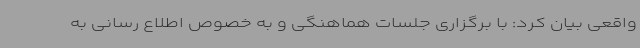
واقعی بیان کرد: با برگزاری جلسات هماهنگی و به خصوص اطلاع رسانی به